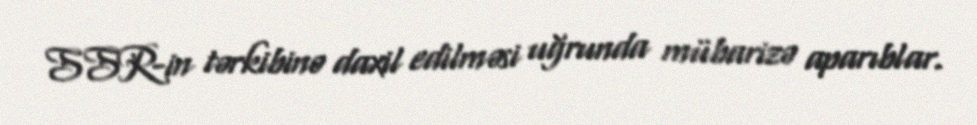
SSR-in tərkibinə daxil edilməsi uğrunda mübarizə aparıblar.